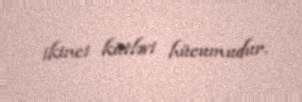
ikinci kütləvi hücumudur.